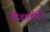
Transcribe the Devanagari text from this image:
दिवालीबेन